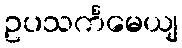
ဥပသင်္ကမေယျ